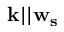
\mathbf { k } | | \mathbf { w _ { s } }